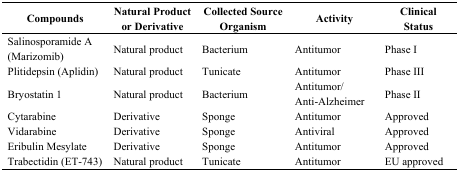
<table><thead><tr><td><b>Compounds</b></td><td><b>Natural Product or Derivative</b></td><td><b>Collected Source Organism</b></td><td><b>Activity</b></td><td><b>Clinical Status</b></td></tr></thead><tbody><tr><td>Salinosporamide A (Marizomib)</td><td>Natural product</td><td>Bacterium</td><td>Antitumor</td><td>Phase I</td></tr><tr><td>Plitidepsin (Aplidin)</td><td>Natural product</td><td>Tunicate</td><td>Antitumor</td><td>Phase III</td></tr><tr><td>Bryostatin 1</td><td>Natural product</td><td>Bacterium</td><td>Antitumor/Anti-Alzheimer</td><td>Phase II</td></tr><tr><td>Cytarabine</td><td>Derivative</td><td>Sponge</td><td>Antitumor</td><td>Approved</td></tr><tr><td>Vidarabine</td><td>Derivative</td><td>Sponge</td><td>Antiviral</td><td>Approved</td></tr><tr><td>Eribulin Mesylate</td><td>Derivative</td><td>Sponge</td><td>Antitumor</td><td>Approved</td></tr><tr><td>Trabectidin (ET-743)</td><td>Natural product</td><td>Tunicate</td><td>Antitumor</td><td>EU approved</td></tr></tbody></table>